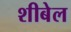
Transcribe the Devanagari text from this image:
शीबेल